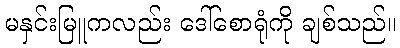
မနှင်းမြူကလည်း ဒေါ်စောရုံကို ချစ်သည်။